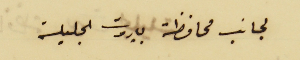
لجانب محافظة بيروت الجليلة